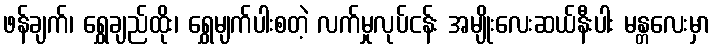
ဖန်ချက်၊ ရွှေချည်ထိုး၊ ရွှေမျက်ပါးစတဲ့ လက်မှုလုပ်ငန်း အမျိုးလေးဆယ်နီးပါး မန္တလေးမှာ